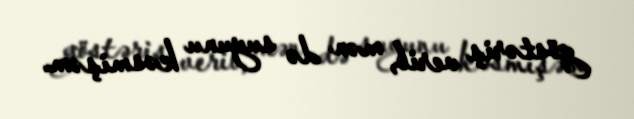
göstəriş verib, mən də suyunu kəsmişəm.